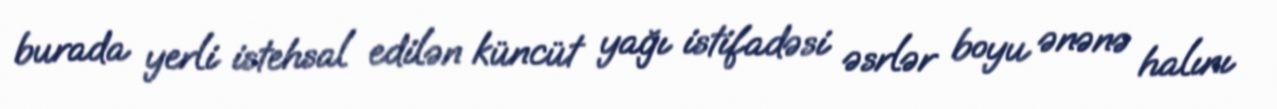
burada yerli istehsal edilən küncüt yağı istifadəsi əsrlər boyu ənənə halını